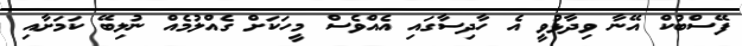
ފޭސްބުކް އޭނާ ވިދާޅުވީ އެ ހާދިސާގައި އެއްވެސް މީހަކަށް ގެއްލުމެއް ނުލިބޭ ކަމަށާއި